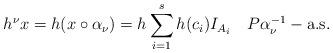
LaTeX: \begin{align*} h^\nu x=h(x\circ\alpha_\nu)=h\sum\limits_{i=1}^sh(c_i)I_{A_i} \ \ \ P\alpha_\nu^{-1}-\mbox{a.s.} \end{align*}